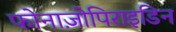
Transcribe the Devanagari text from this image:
फोनाज़ोपिराइडिन